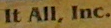
It All. Inc.